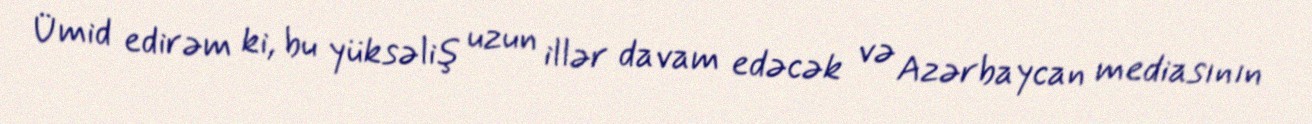
Ümid edirəm ki, bu yüksəliş uzun illər davam edəcək və Azərbaycan mediasının